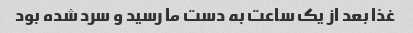
غذا بعد از یک ساعت به دست ما رسید و سرد شده بود